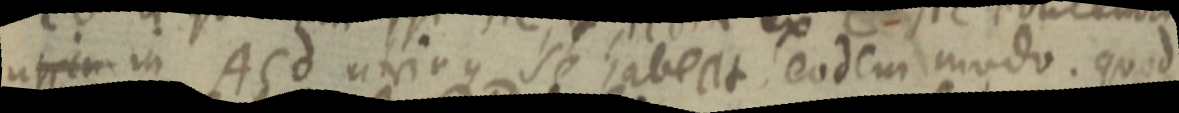
utrim in ACd utrinque se habeat eodem modo. quod